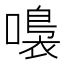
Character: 𡀮